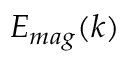
E _ { m a g } ( k )